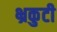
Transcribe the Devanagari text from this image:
भ्रकुटी